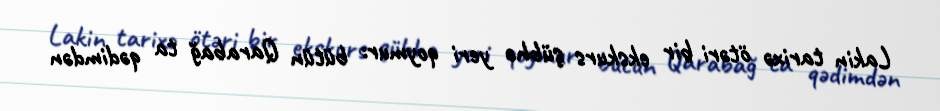
Lakin tarixə ötəri bir ekskurs şübhə yeri qoymur: bütün Qarabağ ta qədimdən